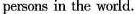
persons in the world.